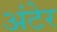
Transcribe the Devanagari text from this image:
अंटेर